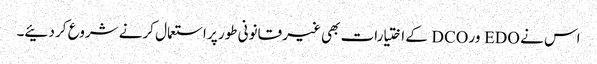
اس نے EDO ور DCO کے اختیارات بھی غیر قانونی طور پر استعمال کرنے شروع کر دئیے۔